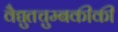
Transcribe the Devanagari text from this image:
वैद्युतचुम्बकीकी